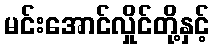
မင်းအောင်လှိုင်တို့နှင့်